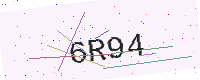
Text: 6R94